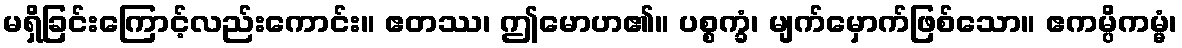
မရှိခြင်းကြောင့်လည်းကောင်း။ ဧတဿ၊ ဤမောဟ၏။ ပစ္စက္ခံ၊ မျက်မှောက်ဖြစ်သော။ ဧကမ္ပိကမ္မံ၊